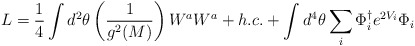
\begin{align*}L= {1 \over 4} \int d^2 \theta\left( {1 \over g^2(M) }\right) W^a W^a + h.c. + \int d^4\theta \sum_i \Phi_i^{\dagger}e^{2V_i} \Phi_i\end{align*}